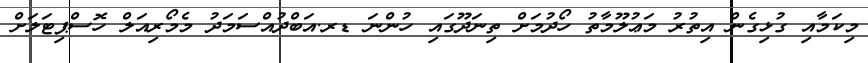
މިކަމާއި ގުޅިގެން އިތުރު މަޢުލޫމާތު ހޯދުމަށް ތިނަދޫގައި ހުންނަ ޑރ.އަބްދުއްސަމަދު މެމޯރިއަލް ހޮސްޕިޓަލަށް